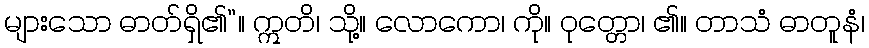
များသော ဓာတ်ရှိ၏”။ ဣတိ၊ သို့။ လောကော၊ ကို။ ဝုတ္တော၊ ၏။ တာသံ ဓာတူနံ၊